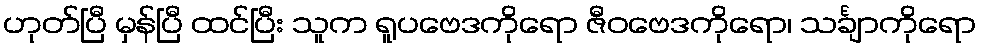
ဟုတ်ပြီ မှန်ပြီ ထင်ပြီး သူက ရူပဗေဒကိုရော ဇီဝဗေဒကိုရော၊ သင်္ချာကိုရော